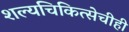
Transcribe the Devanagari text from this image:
शल्यचिकित्सेचीही